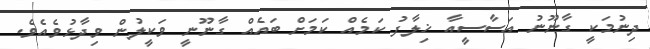
ދިނުމަކީ ގާނޫނު އަސާސީއާ ޚިލާފު ކަމެއް ކަމަށް ބައެއް ގާނޫނީ ވަކީލުން ވިދާޅުވެއެވެ.